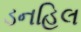
ડનહિલ